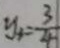
y _ { 4 } = \frac { 3 } { 4 }